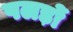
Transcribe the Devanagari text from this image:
पलड़ों